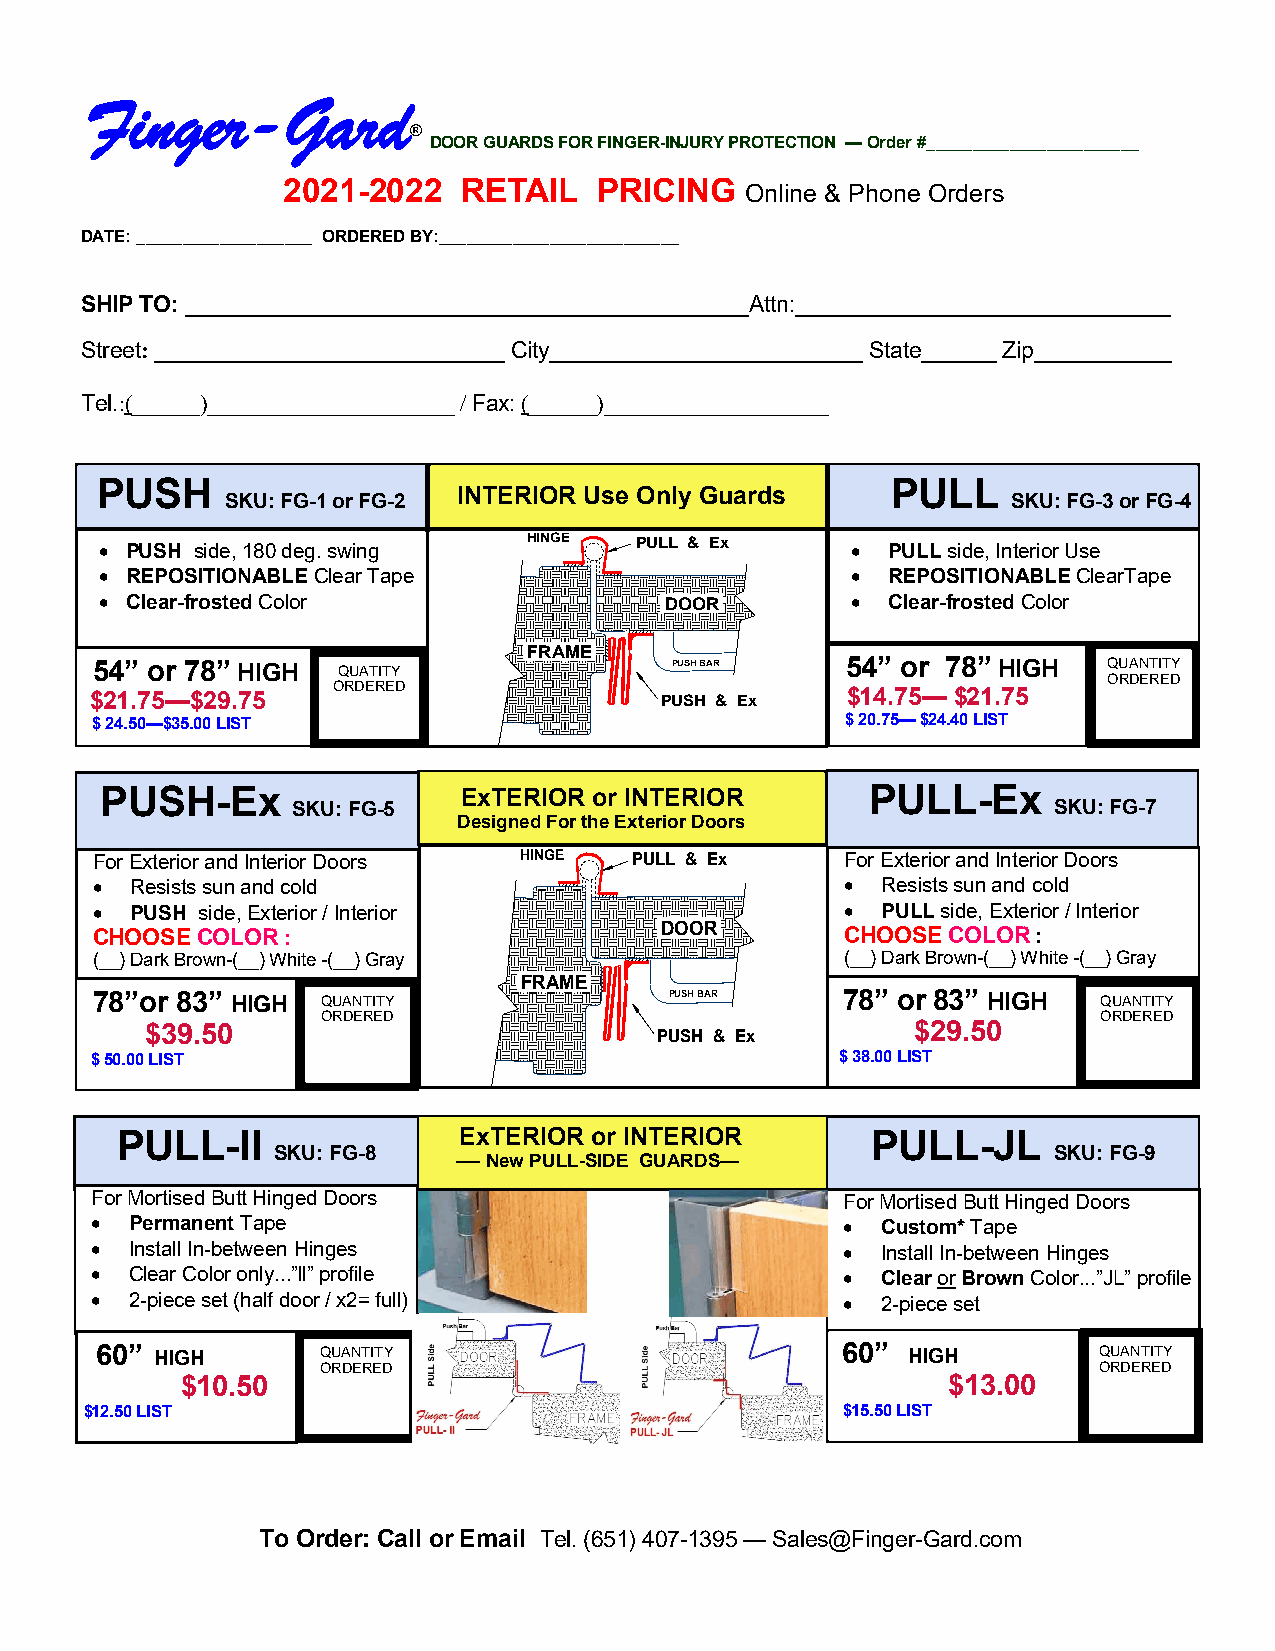
Finger-Gard
 ®
 DOOR GUARDS FOR FINGER-INJURY PROTECTION — Order #_______________________
 2021-2022   RETAIL   PRICING
 Online & Phone Orders
 DATE: ___________________ ORDERED BY:__________________________
 SHIP TO: _____________________________________________Attn:______________________________
 Street: ____________________________ City_________________________ State______ Zip___________
 Tel.:(______)______________________ / Fax: (______)____________________
 PUSH
 INTERIOR Use Only Guards
 PULL
 SKU: FG-1 or FG-2                                   SKU: FG-3 or FG-4
 HINGE  PULL & Ex
  PUSH side, 180 deg. swing                        PULL side, Interior Use
  REPOSITIONABLE Clear Tape                        REPOSITIONABLE ClearTape
  Clear-frosted Color                DOOR          Clear-frosted Color
 FRAME
 54” or 78” HIGH QUATITY                PUSH BAR   54” or 78” HIGH  QUANTITY
 ORDERED
 $21.75—$29.75   ORDE RED              PUSH & Ex   $14.75— $21.75
 $ 24.50—$35.00 LIST                               $ 20.75— $24.40 LIST
 PUSH-Ex                ExTERIOR or INTERIOR        PULL-Ex
 SKU: FG-5                                          SKU: FG-7
 Designed For the Exterior Doors
 For Exterior and Interior Doors HINGE PULL & Ex   For Exterior and Interior Doors
   Resists sun and cold                            Resists sun and cold
   PUSH side, Exterior / Interior                  PULL side, Exterior / Interior
 CHOOSE COLOR :                        DOOR        CHOOSE COLOR :
 (__) Dark Brown-(__) White -(__) Gray             (__) Dark Brown-(__) White -(__) Gray
 FRAME
 78”or 83” HIGH QUANTITY               PUSH BAR    78” or 83” HIGH  QUANTITY
 ORDERED                                             ORDERED
 $39.50
 PUSH & Ex
 $29.50
 $ 50.00 LIST                                      $ 38.00 LIST
 PULL-ll               ExTERIOR or INTERIOR        PULL-JL
 SKU: FG-8                                           SKU: FG-9
 —- New PULL-SIDE GUARDS—
 For Mortised Butt Hinged Doors                    For Mortised Butt Hinged Doors
   Permanent Tape                                  Custom* Tape
   Install In-between Hinges                       Install In-between Hinges
   Clear Color only...”ll” profile                 Clear or Brown Color...”JL” profile
   2-piece set (half door / x2= full)              2-piece set
 60” HIGH       QUANTITY                           60” HIGH         QUANTITY
 ORDERED                                             ORDERED
 $10.50                                             $13.00
 $12.50 LIST                                       $15.50 LIST
 To Order: Call or Email Tel. (651) 407-1395 — Sales@Finger-Gard.com